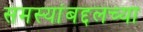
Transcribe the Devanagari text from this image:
समस्यांबद्दलच्या